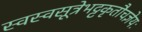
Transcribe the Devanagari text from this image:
स्वस्वसूत्रेभट्टकृतौचज्ञेयः